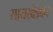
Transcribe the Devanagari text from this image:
सायखेडकर